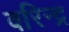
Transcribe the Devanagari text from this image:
वरिन्द्र